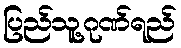
ပြည်သူ့ဂုဏ်ရည်